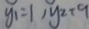
y _ { 1 } = 1 , y _ { 2 } = 9